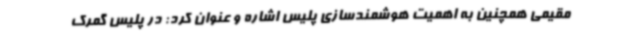
مقیمی همچنین به اهمیت هوشمندسازی پلیس اشاره و عنوان کرد: در پلیس گمرک